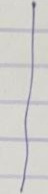
|